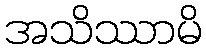
အသိဿာမိ